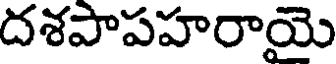
దశపాపహరాయె